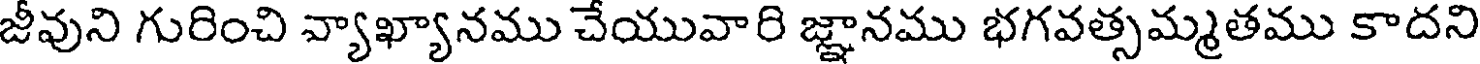
జీవుని గురించి వ్యాఖ్యానము చేయువారి జ్ఞానము భగవత్సమ్మతము కాదని